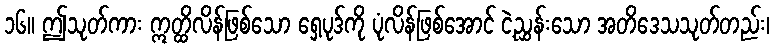
၁၆။ ဤသုတ်ကား ဣတ္ထိလိန်ဖြစ်သော ရှေ့ပုဒ်ကို ပုံလိန်ဖြစ်အောင် ငဲ့ညွှန်းသော အတိဒေသသုတ်တည်း၊